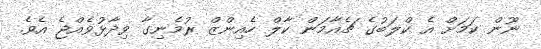
ނޫން ކަމަށް އެ ކްލަބުގެ ޗެއާމަން ކާލް ހެއިންޒް ރުމެނިގާ ވިދާޅުވެއްޖެ އެވެ.